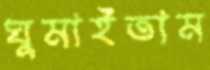
ঘুমাইতাম